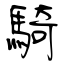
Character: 騎